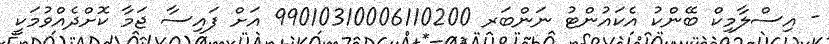
- އިސްލާމިކް ބޭންކު އެކައުންޓު ނަންބަރ 99010310006110200 އަށް ފައިސާ ޖަމާ ކޮށްދެއްވުމަކީ